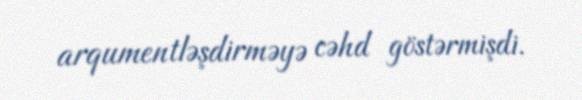
arqumentləşdirməyə cəhd göstərmişdi.